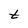
Character: t